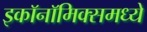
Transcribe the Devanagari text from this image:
इकाॅनाॅमिक्समध्ये